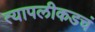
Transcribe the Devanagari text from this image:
त्यापलीकडचं